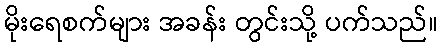
မိုးရေစက်များ အခန်း တွင်းသို့ ပက်သည်။